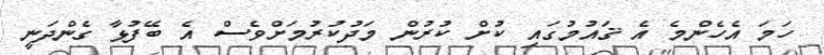
ހަމަ އެހެންމެ އެ ޤައުމުގައި ކުށް ކުރުން މަދުކުރުމަށްވެސް އެ ބޭފުޅާ ގެންދަނީ